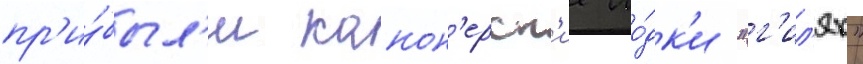
пр'и́был'и канон'ерск'ие ло́дк'и "г'ил'як"